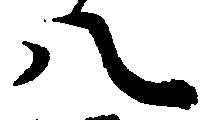
八